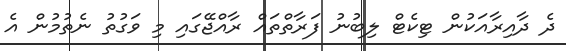
ދެ ދާއިރާއަކުން ޓިކެޓް ލިބުނު ފަރާތްތައް ރާއްޖޭގައި މި ވަގުތު ނެތުމުން އެ